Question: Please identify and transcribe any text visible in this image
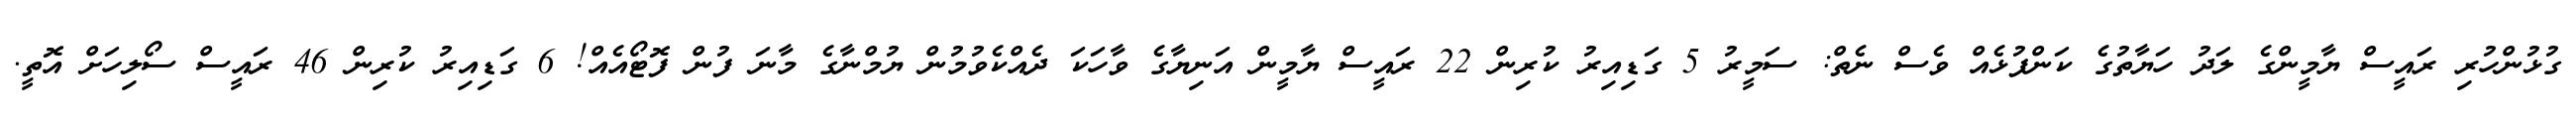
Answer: ގުޅުންހުރި ރައީސް ޔާމީންގެ ލަދު ހަޔާތުގެ ކަންފުޅެއް ވެސް ނެތް: ސަމީރު 5 ގަޑިއިރު ކުރިން 22 ރައީސް ޔާމީން އަނިޔާގެ ވާހަކަ ދެއްކެވުމުން ޔުމްނާގެ މާނަ ފުން ފޮޓޯއެއް! 6 ގަޑިއިރު ކުރިން 46 ރައީސް ސޯލިހަށް އޮތީ.